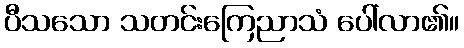
ပီသသော သတင်းကြေညာသံ ပေါ်လာ၏။